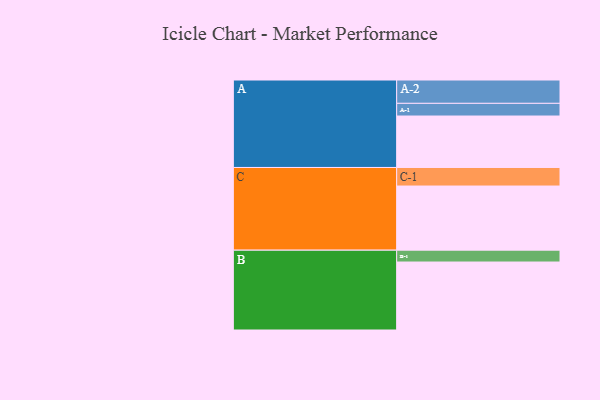
{"axis": {"x": "Segment", "y": "Value"}, "legend": ["", "A", "B", "C"], "data": [{"x": "A", "y": 430, "type": ""}, {"x": "B", "y": 568, "type": ""}, {"x": "C", "y": 536, "type": ""}, {"x": "A-1", "y": 106, "type": "A"}, {"x": "A-2", "y": 195, "type": "A"}, {"x": "B-1", "y": 99, "type": "B"}, {"x": "C-1", "y": 155, "type": "C"}]}